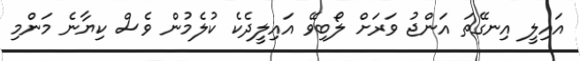
އައިލީ އިނގޭތަ އަންޖު ވަރަށް ލޯބިވޭ އައިލީދެކެ ކުލެމުން ވެސް ކިޔާނެ މަންމި